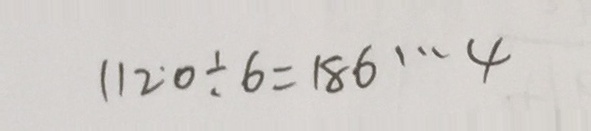
1 1 2 ^ { \cdot } 0 \div 6 = 1 8 6 \cdots 4